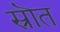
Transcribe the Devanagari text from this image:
स्रॊत